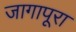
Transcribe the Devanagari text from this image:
जागापूरा